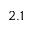
2 . 1